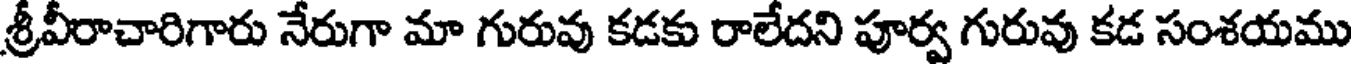
శ్రీవీరాచారిగారు నేరుగా మా గురువు కడకు రాలేదని పూర్వ గురువు కడ సంశయము